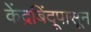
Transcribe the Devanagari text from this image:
केंद्रबिंदूपासून